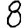
Digit: 8